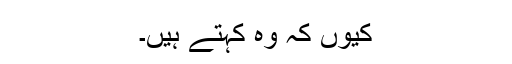
کیوں کہ وہ کہتے ہیں۔